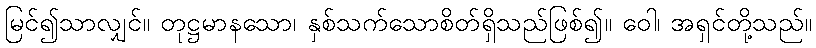
မြင်၍သာလျှင်။ တုဋ္ဌမာနသော၊ နှစ်သက်သောစိတ်ရှိသည်ဖြစ်၍။ ဝေါ၊ အရှင်တို့သည်။